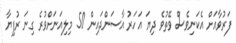
ފަރުވާއަށް އެކަނިވެސް ވޭތުވެ ދިޔަ އަހަރު އާސަންދައިން 50 މިލިއަނަށްވުރެ ގިނަ ރުފިޔާ